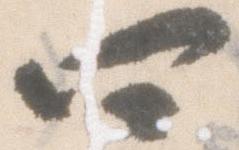
四